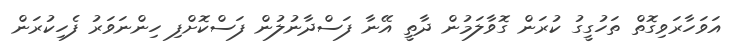
އަވަހާރަވިގޮތް ތަހުގީގު ކުރަން ގޮވާލަމުން ދާތީ އޭނާ ފަސްދާނުލުން ފަސްކޮށްފި ހިންނަވަރު ފެހިކުރަން